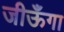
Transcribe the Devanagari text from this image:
जीऊँगा